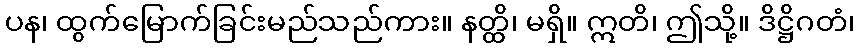
ပန၊ ထွက်မြောက်ခြင်းမည်သည်ကား။ နတ္ထိ၊ မရှိ။ ဣတိ၊ ဤသို့။ ဒိဋ္ဌိဂတံ၊